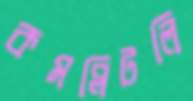
কমপ্লিটলি